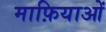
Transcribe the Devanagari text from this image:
माफ़ियाओं